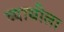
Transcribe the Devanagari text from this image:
व्याधीला